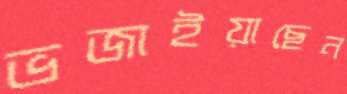
ভজাইয়াছেন